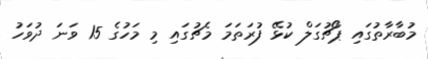
މުބާރާތުގައި ޕޯޗުގަލް ކުޅޭ ފުރަތަމަ މެޗުގައި މި މަހުގެ 15 ވަނަ ދުވަހު